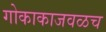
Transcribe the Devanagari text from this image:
गोकाकाजवळच